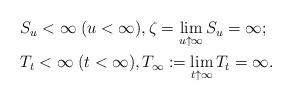
LaTeX: \begin{align*}\begin{aligned} &S_u<\infty \; (u<\infty), \zeta=\lim_{u\uparrow \infty}S_u=\infty; \\ &T_t<\infty\; (t<\infty), T_\infty:=\lim_{t\uparrow \infty}T_t=\infty. \end{aligned}\end{align*}